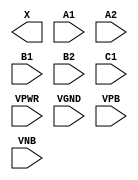
/**
 * Copyright 2020 The SkyWater PDK Authors
 *
 * Licensed under the Apache License, Version 2.0 (the "License");
 * you may not use this file except in compliance with the License.
 * You may obtain a copy of the License at
 *
 *     https://www.apache.org/licenses/LICENSE-2.0
 *
 * Unless required by applicable law or agreed to in writing, software
 * distributed under the License is distributed on an "AS IS" BASIS,
 * WITHOUT WARRANTIES OR CONDITIONS OF ANY KIND, either express or implied.
 * See the License for the specific language governing permissions and
 * limitations under the License.
 *
 * SPDX-License-Identifier: Apache-2.0
 */

`ifndef SKY130_FD_SC_HD__O221A_PP_BLACKBOX_V
`define SKY130_FD_SC_HD__O221A_PP_BLACKBOX_V

/**
 * o221a: 2-input OR into first two inputs of 3-input AND.
 *
 *        X = ((A1 | A2) & (B1 | B2) & C1)
 *
 * Verilog stub definition (black box with power pins).
 *
 * WARNING: This file is autogenerated, do not modify directly!
 */

`timescale 1ns / 1ps
`default_nettype none

(* blackbox *)
module sky130_fd_sc_hd__o221a (
    X   ,
    A1  ,
    A2  ,
    B1  ,
    B2  ,
    C1  ,
    VPWR,
    VGND,
    VPB ,
    VNB
);

    output X   ;
    input  A1  ;
    input  A2  ;
    input  B1  ;
    input  B2  ;
    input  C1  ;
    input  VPWR;
    input  VGND;
    input  VPB ;
    input  VNB ;
endmodule

`default_nettype wire
`endif  // SKY130_FD_SC_HD__O221A_PP_BLACKBOX_V